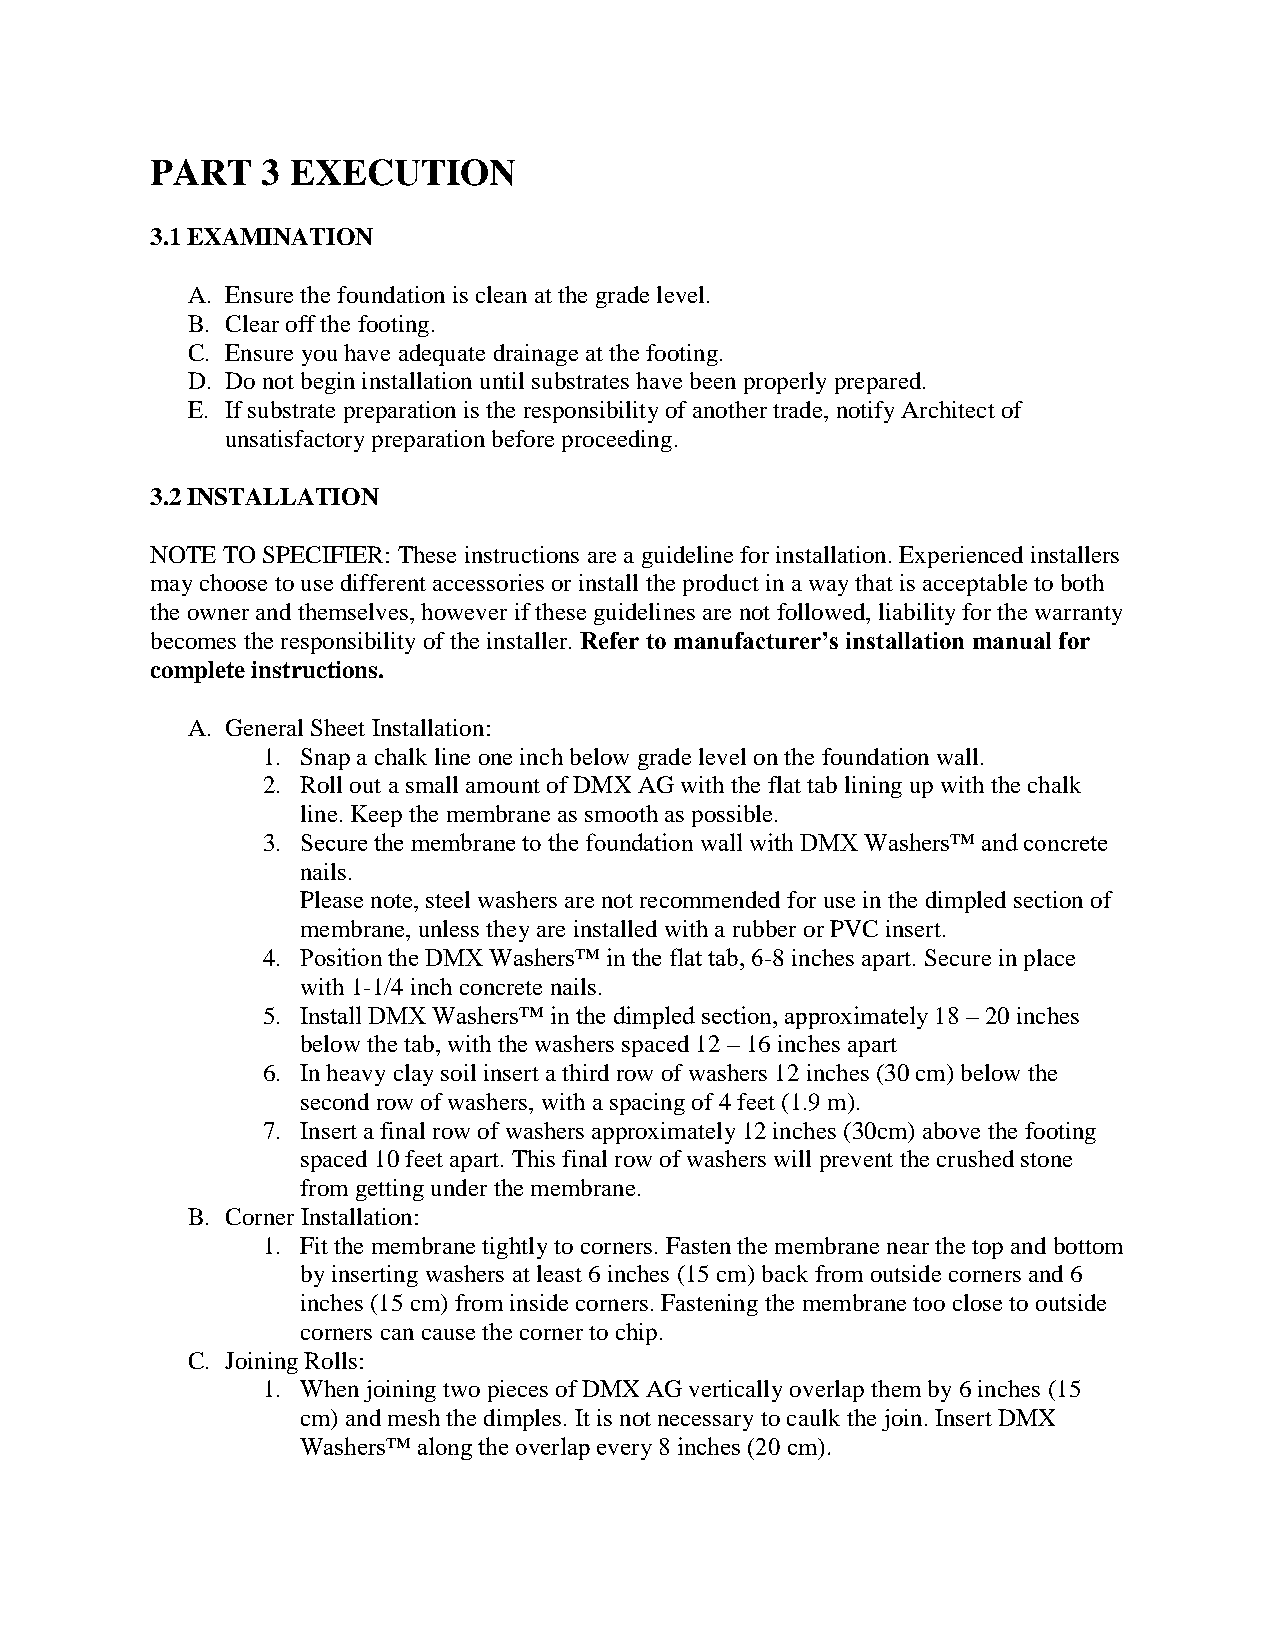
PART   3 EXECUTION
 3.1 EXAMINATION
 A. Ensure the foundation is clean at the grade level.
 B. Clear off the footing.
 C. Ensure you have adequate drainage at the footing.
 D. Do not begin installation until substrates have been properly prepared.
 E. If substrate preparation is the responsibility of another trade, notify Architect of
 unsatisfactory preparation before proceeding.
 3.2 INSTALLATION
 NOTE TO SPECIFIER: These instructions are a guideline for installation. Experienced installers
 may choose to use different accessories or install the product in a way that is acceptable to both
 the owner and themselves, however if these guidelines are not followed, liability for the warranty
 becomes the responsibility of the installer. Refer to manufacturer’s installation manual for
 complete instructions.
 A. General Sheet Installation:
 1. Snap a chalk line one inch below grade level on the foundation wall.
 2. Roll out a small amount of DMX AG with the flat tab lining up with the chalk
 line. Keep the membrane as smooth as possible.
 3. Secure the membrane to the foundation wall with DMX Washers™ and concrete
 nails.
 Please note, steel washers are not recommended for use in the dimpled section of
 membrane, unless they are installed with a rubber or PVC insert.
 4. Position the DMX Washers™ in the flat tab, 6-8 inches apart. Secure in place
 with 1-1/4 inch concrete nails.
 5. Install DMX Washers™ in the dimpled section, approximately 18 – 20 inches
 below the tab, with the washers spaced 12 – 16 inches apart
 6. In heavy clay soil insert a third row of washers 12 inches (30 cm) below the
 second row of washers, with a spacing of 4 feet (1.9 m).
 7. Insert a final row of washers approximately 12 inches (30cm) above the footing
 spaced 10 feet apart. This final row of washers will prevent the crushed stone
 from getting under the membrane.
 B. Corner Installation:
 1. Fit the membrane tightly to corners. Fasten the membrane near the top and bottom
 by inserting washers at least 6 inches (15 cm) back from outside corners and 6
 inches (15 cm) from inside corners. Fastening the membrane too close to outside
 corners can cause the corner to chip.
 C. Joining Rolls:
 1. When joining two pieces of DMX AG vertically overlap them by 6 inches (15
 cm) and mesh the dimples. It is not necessary to caulk the join. Insert DMX
 Washers™ along the overlap every 8 inches (20 cm).